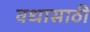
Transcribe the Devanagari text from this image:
वधासाठी